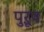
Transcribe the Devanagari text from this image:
पुऱूष